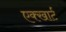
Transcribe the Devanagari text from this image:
एक्खार्ट